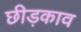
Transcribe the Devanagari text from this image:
छीड़काव